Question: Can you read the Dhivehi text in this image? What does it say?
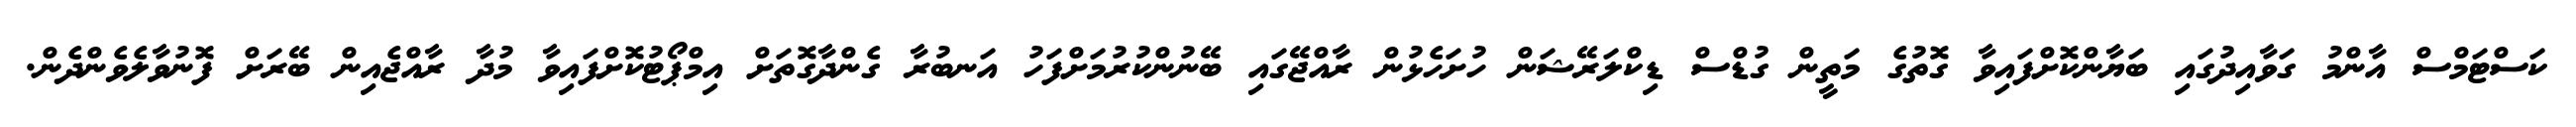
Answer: ކަސްޓަމްސް އާންމު ގަވާއިދުގައި ބަޔާންކޮށްފައިވާ ގޮތުގެ މަތީން ގުޑްސް ޑިކްލަރޭޝަން ހުށަހެޅުން ރާއްޖޭގައި ބޭނުންކުރުމަށްފަހު އަނބުރާ ގެންދާގޮތަށް އިމްޕޯޓުކޮށްފައިވާ މުދާ ރާއްޖެއިން ބޭރަށް ފޮނުވާލެވެންދެން.